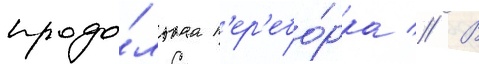
продо́льнаа п'ер'ебо́рка // В